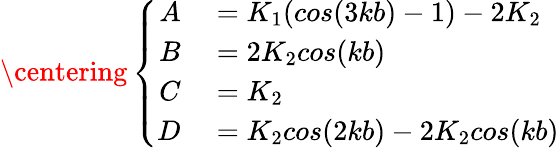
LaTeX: \centering\left\{ \begin{array}{rl}{A}&{{}=K_{1}(cos(3kb)-1)-2K_{2}}\\ {B}&{{}=2K_{2}cos(kb)}\\ {C}&{{}=K_{2}}\\ {D}&{{}=K_{2}cos(2kb)-2K_{2}cos(kb)}\end{array}\right.